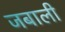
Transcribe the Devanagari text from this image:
जबाली